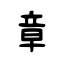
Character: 章